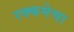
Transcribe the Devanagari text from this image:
रक्कमेचा